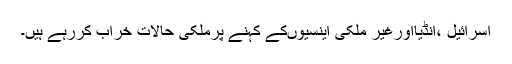
اسرائیل ،انڈیااورغیر ملکی اینسیوںکے کہنے پرملکی حالات خراب کررہے ہیں۔